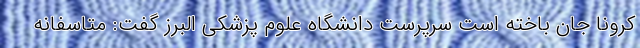
کرونا جان باخته است سرپرست دانشگاه علوم پزشکی البرز گفت: متاسفانه